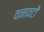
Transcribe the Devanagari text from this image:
वनावटों